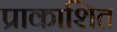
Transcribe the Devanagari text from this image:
प्राकाशित